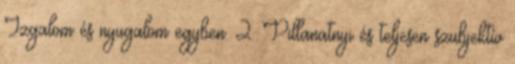
Izgalom és nyugalom egyben. 2. Pillanatnyi és teljesen szubjektív